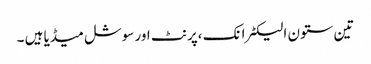
تین ستون الیکٹرانک ،پرنٹ اور سوشل میڈیا ہیں ۔